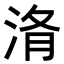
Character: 𭰧